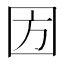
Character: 𡇅